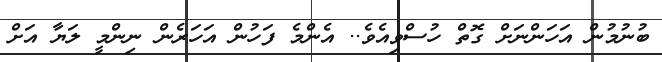
ބުނުމުން އަހަންނަށް ގޮތް ހުސްވިއެވެ.. އެންމެ ފަހުން އަހަރެން ނިންމީ ލަޔާ އަށް